Annual administration report of the Civil Veterinary Department of India - 1899-1900
Year: 1899
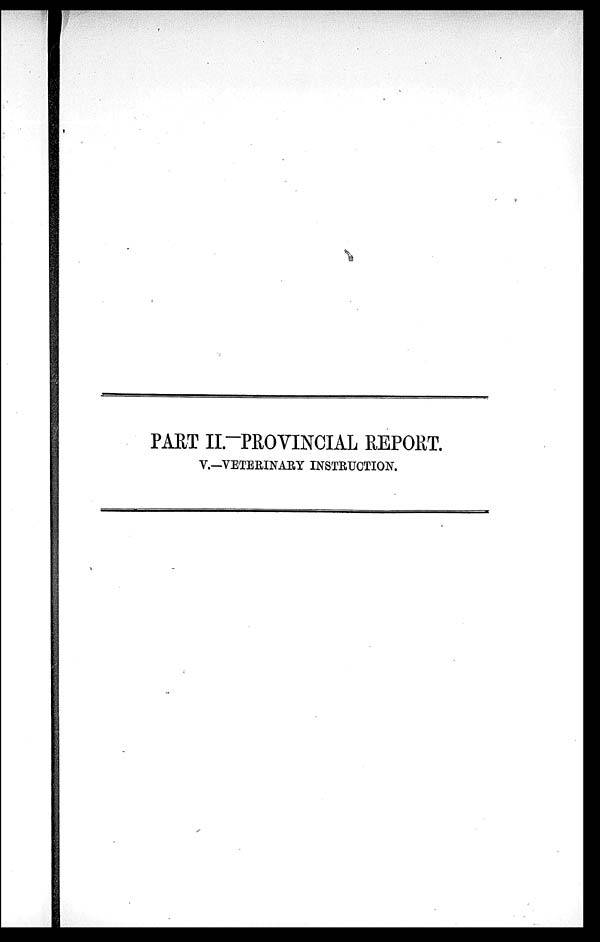
PART II.-PROVINCIAL REPORT.
V.—VETERINARY INSTRUCTION.